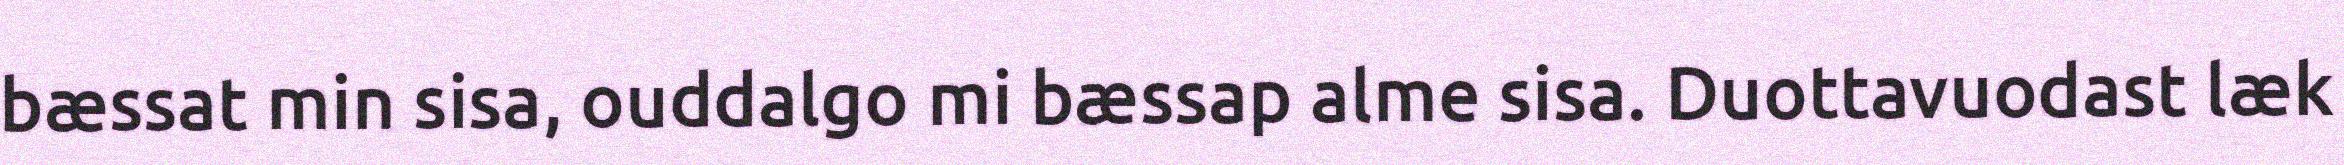
bæssat min sisa, ouddalgo mi bæssap alme sisa. Duottavuodast læk